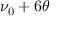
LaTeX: \nu _ { 0 } + 6 \theta